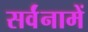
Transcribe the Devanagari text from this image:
सर्वंनामें